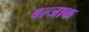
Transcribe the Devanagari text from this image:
बल्जाक